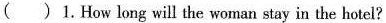
( ) 1.How long will the woman stay in the hotel?